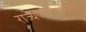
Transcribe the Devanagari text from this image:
राज्यपालपदाचीही